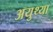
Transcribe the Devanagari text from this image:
अयुथ्या